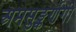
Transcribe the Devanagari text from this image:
अमसुङ्कर्णगी